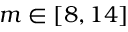
m \in [ 8 , 1 4 ]